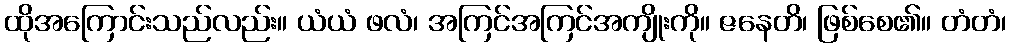
ထိုအကြောင်းသည်လည်း။ ယံယံ ဖလံ၊ အကြင်အကြင်အကျိုးကို။ ဇနေတိ၊ ဖြစ်စေ၏။ တံတံ၊